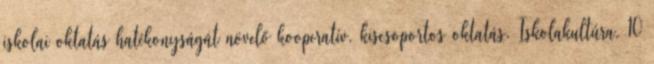
iskolai oktatás hatékonyságát növelő kooperatív, kiscsoportos oktatás. Iskolakultúra, 10